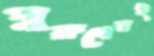
পুরুষেরই